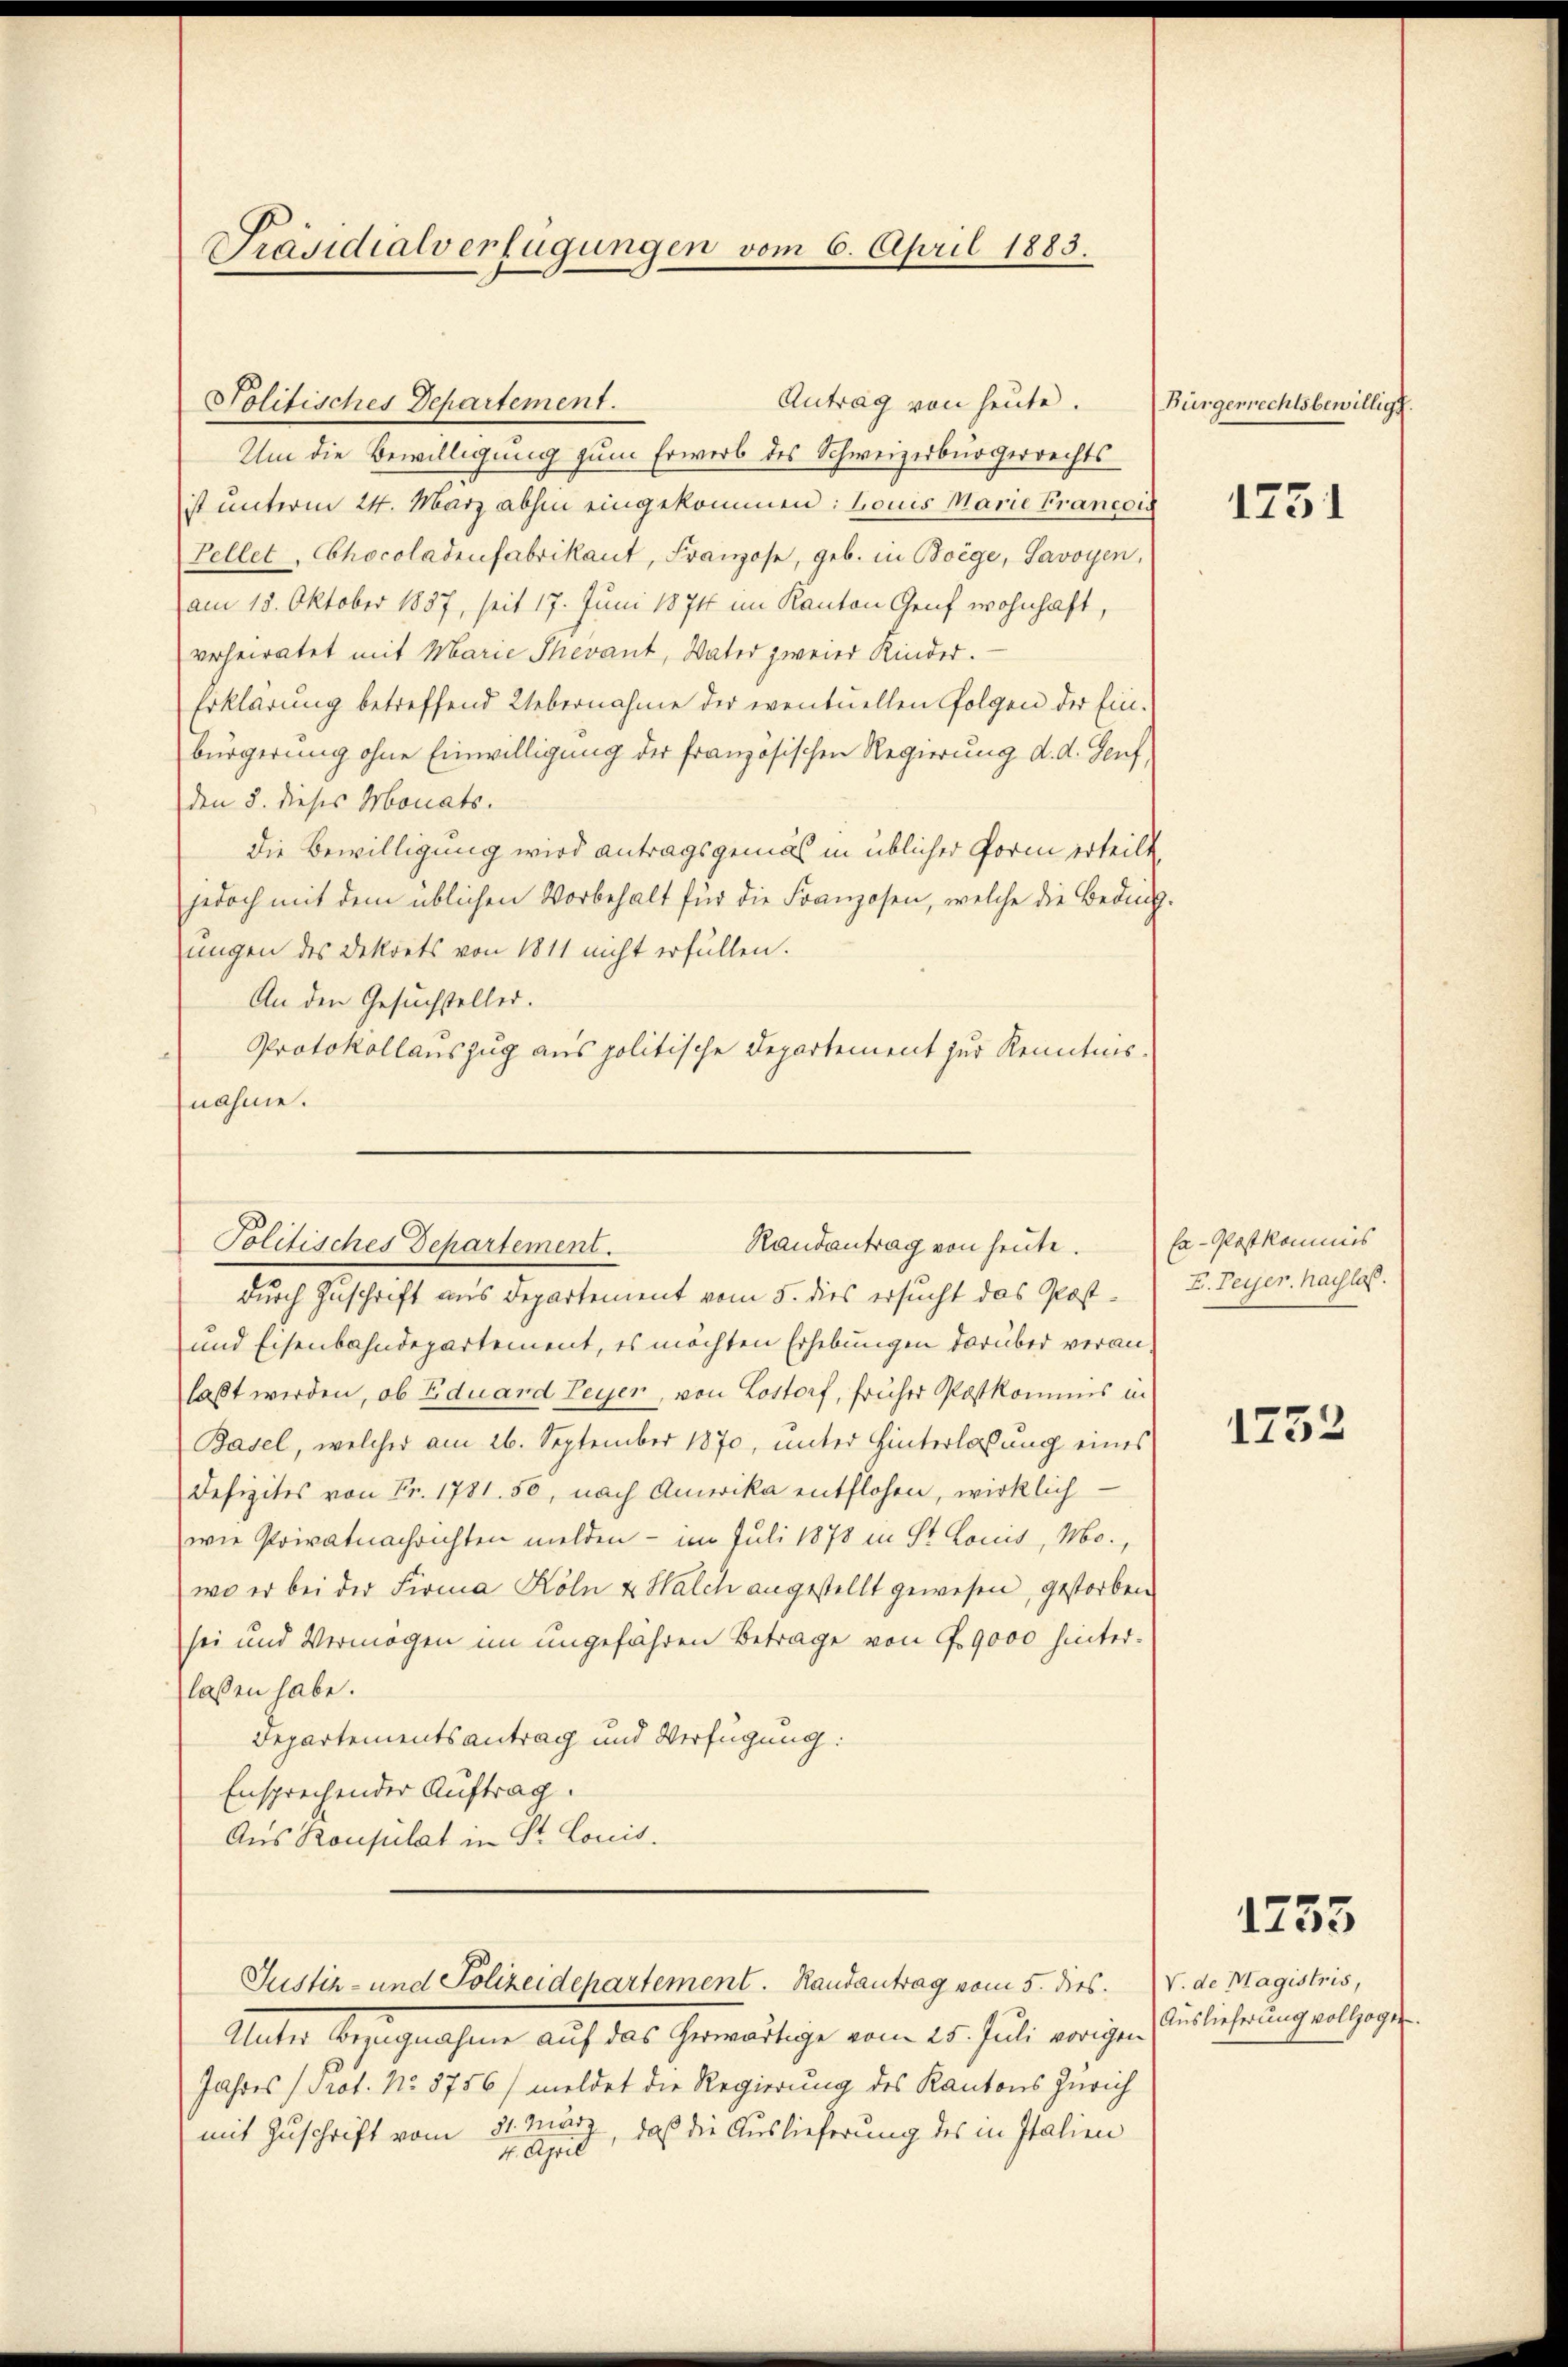
Präsidialverfügungen vom 6. April 1883.

Politisches Departement.
Um die Bewilligung zum Erwerb des Schweizerbürgerrechts
ist unterm 24. März abhin eingekommen: Louis Marie Francois
Tellet, Chocoladenfabrikant, Franzose, geb. in Boege, Savoyen,
am 18. Oktober 1857, seit 17. Juni 1874 im Kanton Genf wohnhaft,
verheiratet mit Marie Thevant, Vater zweier Kinder.
Erklärung betreffend Uebernahme der eventuellen Folgen der Einbürgerung ohne Einwilligung der französischen Regierung d. d. Genf,
den 5. dieses Monats.
die Bewilligung wird antragsgemäß in üblicher Form erteilt
jedoch mit dem üblichen Vorbehalt für die Franzosen, welche die Beding-
ungen des Dekrets von 1811 nicht erfüllen.
An den Gesuchsteller.
Protokollauszug aus politische Departement zur Kenntnis.
nahme.

Antrag von heute.

Randantrag von heute. Ex-Postkommis
Politisches Departement.

durch Zuschrift aus Departement vom 5. dies ersucht das Post¬
und Eisenbahndepartement, es möchten Erhebungen darüber veranlaßt werden, ob Eduard Peyer, von Lostorf, früher Postkommis in
Basel, welcher am 26. September 1870, unter Hinterlassung eines
Defizites von Fr. 1781. 50, nach Amerika entflohen, wirklich
wie Privatnachrichten melden - im Juli 1878 in St. Louis, Mo.,
wo er bei der Firma Köln & Walch angestellt gewesen, gestorben
sei und Vermögen im ungefähren Betrage von 49000 hinterlassen habe.
Departementsantrag und Verfügung:
Ensprechender Auftrag.
Aus Konsulat in St. Louis.
Justiz- und Polizeidepartement. Randantrag vom 5. dies. V. de Magistris,
Unter Bezugnahme auf das herwärtige vom 25. Juli vorigen Auslieferung vollzogen.
Jahres (Prot. No. 8756/ meldet die Regierung des Kantons Zürich
mit Zuschrift vom 31. März, daß die Auslieferung des in Italien
4. April

Bürgerrechtsbewilligt.

1731

I. Peyer haislos.

1752

1755